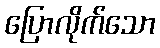
ပြောလိုက်သော